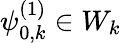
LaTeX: \psi_{0,k}^{(1)}\in W_{k}